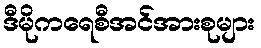
ဒီမိုကရေစီအင်အားစုများ